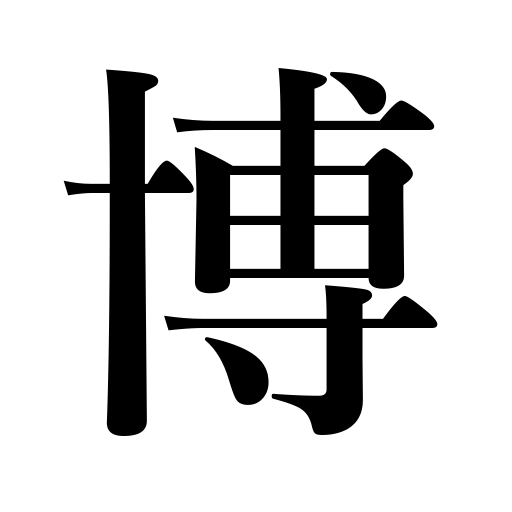
Meanings: fair,gain,command esteem,PhD,doctor,receive,exhibition,win acclaim,exposition